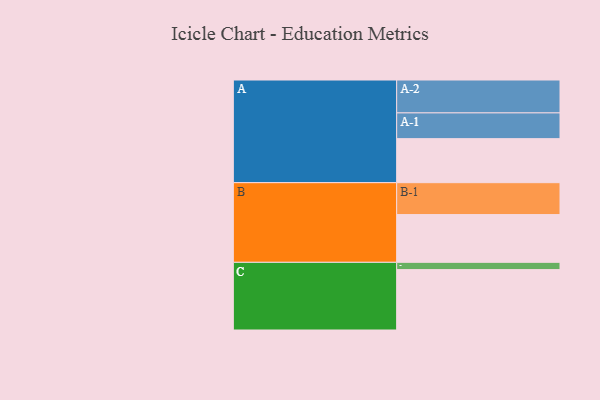
{"axis": {"x": "Segment", "y": "Value"}, "legend": ["", "A", "B", "C"], "data": [{"x": "A", "y": 352, "type": ""}, {"x": "B", "y": 382, "type": ""}, {"x": "C", "y": 483, "type": ""}, {"x": "A-1", "y": 206, "type": "A"}, {"x": "A-2", "y": 263, "type": "A"}, {"x": "B-1", "y": 255, "type": "B"}, {"x": "C-1", "y": 58, "type": "C"}]}